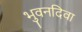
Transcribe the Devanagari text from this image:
भुवनदिवा